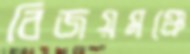
বিজয়মঞ্চে